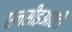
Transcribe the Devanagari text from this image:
एनसीइआरटी